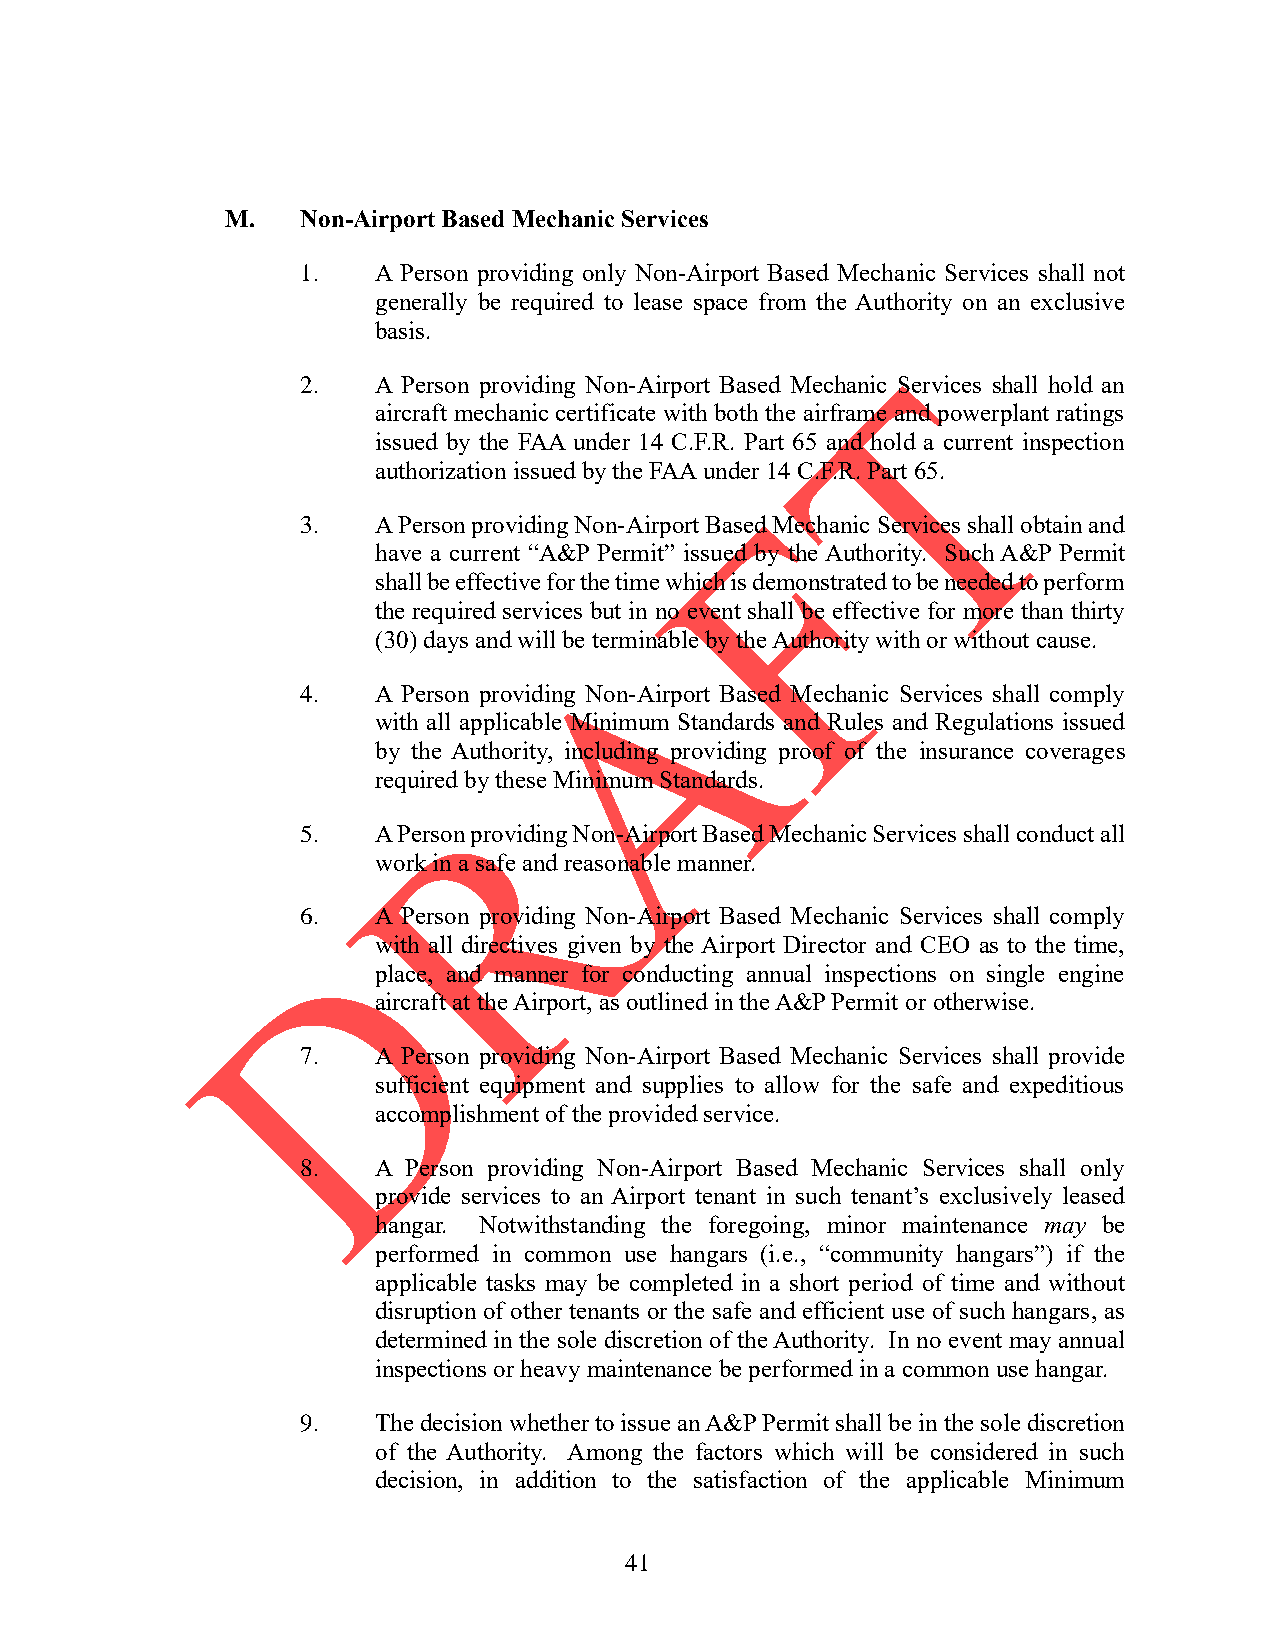
M.   Non-Airport Based Mechanic Services
 1.   A Person providing only Non-Airport Based Mechanic Services shall not
 generally be required to lease space from the Authority on an exclusive
 basis.
 2.   A Person providing Non-Airport Based Mechanic Services shall hold an
 aircraft mechanic certificate with both the airframe and powerplant ratings
 issued by the FAA under 14 C.F.R. Part 65 and hold a current inspection
 authorization issued by the FAA under 14 C.F.R. Part 65.
 3.   A Person providing Non-Airport Based Mechanic Services shall obtain and
 have a current “A&P Permit” issued by the Authority. Such A&P Permit
 shall be effective for the time which is demonstrated to be needed to perform
 the required services but in no event shall be effective for more than thirty
 (30) days and will be terminable by the Authority with or without cause.
 4.   A Person providing Non-Airport Based Mechanic Services shall comply
 with all applicable Minimum Standards and Rules and Regulations issued
 by the Authority, including providing proof of the insurance coverages
 required by these Minimum Standards.
 5.   A Person providing Non-Airport Based Mechanic Services shall conduct all
 work in a safe and reasonable manner.
 6.   A Person providing Non-Airport Based Mechanic Services shall comply
 with all directives given by the Airport Director and CEO as to the time,
 place, and manner for conducting annual inspections on single engine
 aircraft at the Airport, as outlined in the A&P Permit or otherwise.
 7.   A Person providing Non-Airport Based Mechanic Services shall provide
 sufficient equipment and supplies to allow for the safe and expeditious
 accomplishment of the provided service.
 8.   A Person providing Non-Airport Based Mechanic Services shall only
 provide services to an Airport tenant in such tenant’s exclusively leased
 hangar. Notwithstanding the foregoing, minor maintenance may be
 performed in common use hangars (i.e., “community hangars”) if the
 applicable tasks may be completed in a short period of time and without
 disruption of other tenants or the safe and efficient use of such hangars, as
 determined in the sole discretion of the Authority. In no event may annual
 inspections or heavy maintenance be performed in a common use hangar.
 9.   The decision whether to issue an A&P Permit shall be in the sole discretion
 of the Authority. Among the factors which will be considered in such
 decision, in addition to the satisfaction of the applicable Minimum
 41